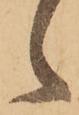
ヽ